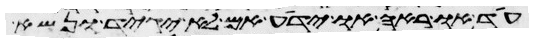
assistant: עד או ראה או ידע אם לא יגיד ונשא